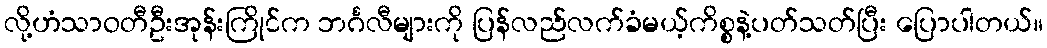
လို့ဟံသာဝတီဦးအုန်းကြိုင်က ဘင်္ဂလီများကို ပြန်လည်လက်ခံမယ့်ကိစ္စနဲ့ပတ်သတ်ပြီး ပြောပါတယ်။